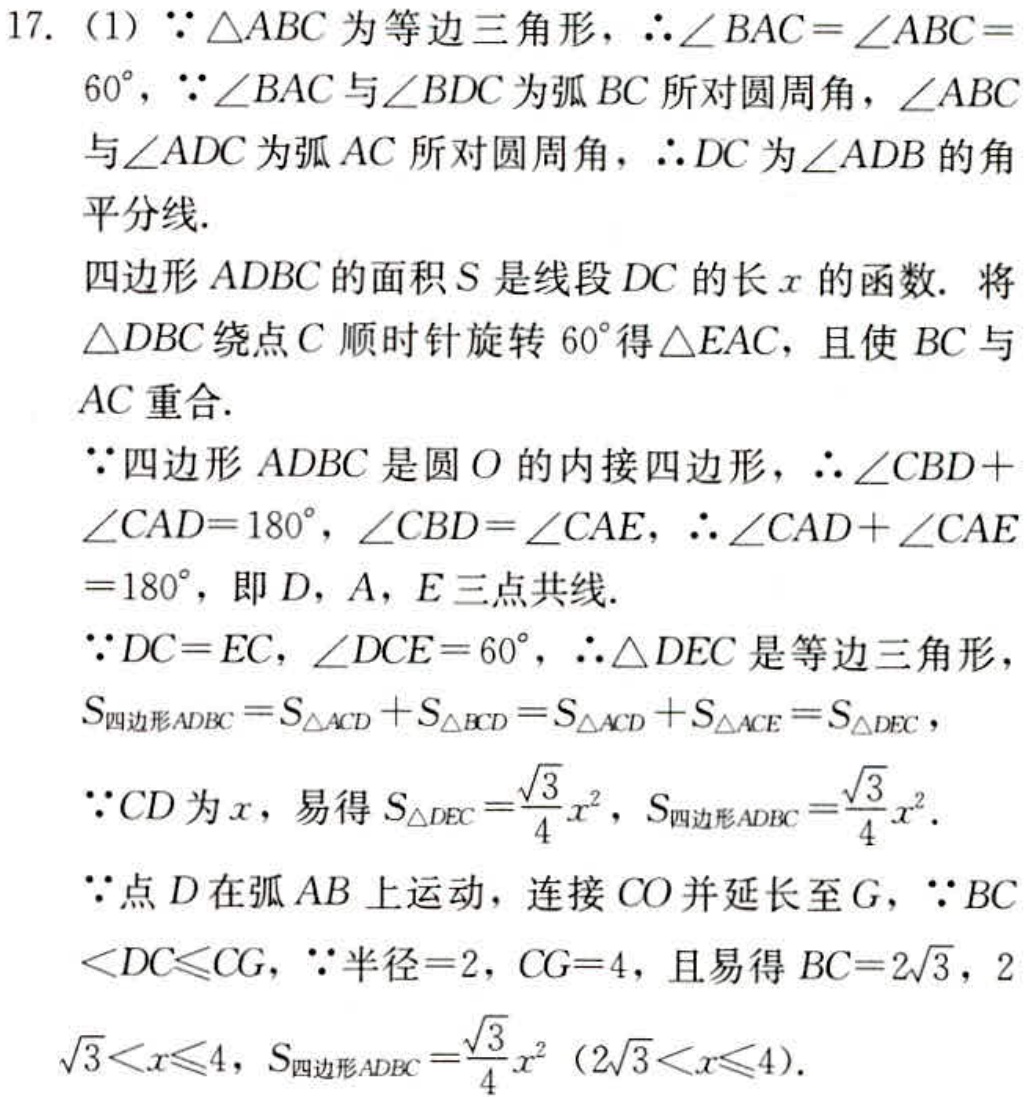
17. (1)  \(\because \triangle ABC\) 为等边三角形， \(\therefore \angle BAC = \angle ABC = 60^{\circ}\)， \(\because \angle BAC\) 与 \(\angle BDC\) 为弧 \(BC\) 所对圆周角， \(\angle ABC\) 与 \(\angle ADC\) 为弧 \(AC\) 所对圆周角， \(\therefore DC\) 为 \(\angle ADB\) 的角平分线.
四边形 \(ADBC\) 的面积 \(S\) 是线段 \(DC\) 的长 \(x\) 的函数. 将 \(\triangle DBC\) 绕点 \(C\) 顺时针旋转 \(60^{\circ}\) 得 \(\triangle EAC\)，且使 \(BC\) 与 \(AC\) 重合.
\(\because\) 四边形 \(ADBC\) 是圆 \(O\) 的内接四边形， \(\therefore \angle CBD + \angle CAD = 180^{\circ}\)， \(\angle CBD = \angle CAE\)， \(\therefore \angle CAD + \angle CAE = 180^{\circ}\)，即 \(D\)，\(A\)，\(E\) 三点共线.
\(\because DC = EC\)， \(\angle DCE = 60^{\circ}\)， \(\therefore \triangle DEC\) 是等边三角形， \(S_{四边形ADBC}=S_{\triangle ACD}+S_{\triangle BCD}=S_{\triangle ACD}+S_{\triangle ACE}=S_{\triangle DEC}\)，
\(\because CD\) 为 \(x\)，易得 \(S_{\triangle DEC}=\frac{\sqrt{3}}{4}x^{2}\)，\(S_{四边形ADBC}=\frac{\sqrt{3}}{4}x^{2}\).
\(\because\) 点 \(D\) 在弧 \(AB\) 上运动，连接 \(CO\) 并延长至 \(G\)， \(\because BC < DC\leqslant CG\)， \(\because\) 半径 \( = 2\)，\(CG = 4\)，且易得 \(BC = 2\sqrt{3}\)， \(2\sqrt{3}<x\leqslant 4\)，\(S_{四边形ADBC}=\frac{\sqrt{3}}{4}x^{2}\ (2\sqrt{3}<x\leqslant 4)\).